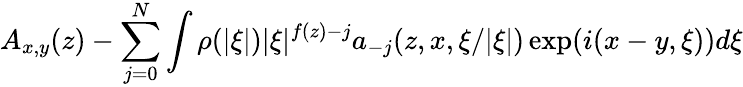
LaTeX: A_{x,y}(z)-\sum_{j=0}^{N}\int\rho(|\xi|)|\xi|^{f(z)-j}a_{-j}(z,x,\xi/|\xi|)\exp(i(x-y,\xi))d\xi